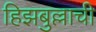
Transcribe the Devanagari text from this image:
हिझबुल्लाची